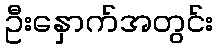
ဦးနှောက်အတွင်း